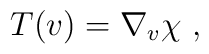
T(v) = \nabla_v\chi~,